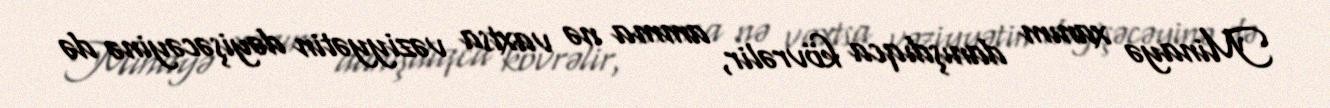
Minayə xanım danışdıqca kövrəlir, amma nə vaxtsa vəziyyətin dəyişəcəyinə də